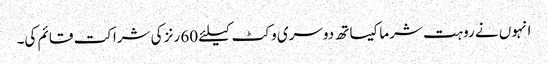
انہوں نے روہت شرما کیساتھ دوسری وکٹ کیلئے 60 رنز کی شراکت قائم کی۔